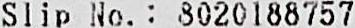
SLIP NO. : 8020188757